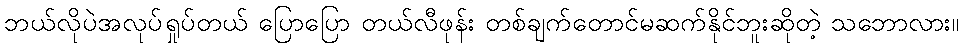
ဘယ်လိုပဲအလုပ်ရှုပ်တယ် ပြောပြော တယ်လီဖုန်း တစ်ချက်တောင်မဆက်နိုင်ဘူးဆိုတဲ့ သဘောလား။